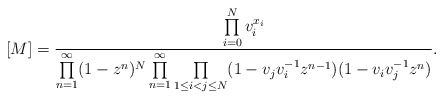
\begin{align*}[M] &= \frac{\prod\limits_{i=0}^N v_i^{x_i}}{ \prod\limits_{n=1}^\infty (1- z^n)^{N} \prod\limits_{n=1}^\infty \prod\limits_{1 \leq i < j \leq N} (1-v_j v_i^{-1} z^{n-1}) (1- v_i v_j^{-1} z^n)}. \end{align*}